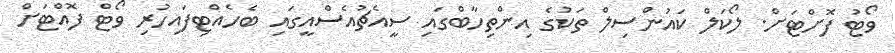
ވޯޓު ފޮށްޓަށް. ލޯކަލް ކައުންސިލް ތަކުގެ އިންތިހާބްގައި ސީއެޗުއެސްއީގައި ބެހެއްޓިފައިހުރި ވޯޓް ފޮއްޓަށް